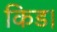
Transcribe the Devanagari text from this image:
किड।